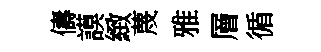
儔謨緻蔑雅層循